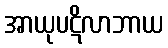
အာယုပဋိလာဘာယ